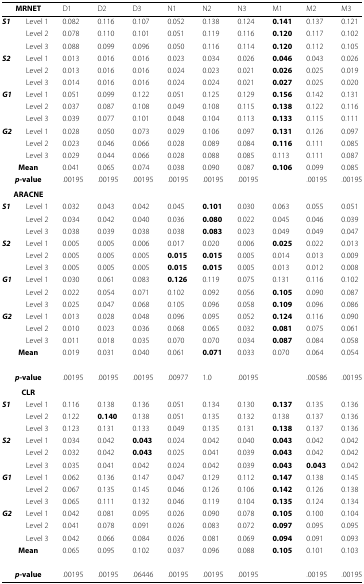
<table><thead><tr><td colspan="2"><b>MRNET</b></td><td><b>D1</b></td><td><b>D2</b></td><td><b>D3</b></td><td><b>N1</b></td><td><b>N2</b></td><td><b>N3</b></td><td><b>M1</b></td><td><b>M2</b></td><td><b>M3</b></td></tr></thead><tbody><tr><td><b><i>S1</i></b></td><td>Level 1</td><td>0.082</td><td>0.116</td><td>0.107</td><td>0.052</td><td>0.138</td><td>0.124</td><td><b>0.141</b></td><td>0.137</td><td>0.121</td></tr><tr><td></td><td>Level 2</td><td>0.078</td><td>0.110</td><td>0.101</td><td>0.051</td><td>0.119</td><td>0.116</td><td><b>0.120</b></td><td>0.117</td><td>0.102</td></tr><tr><td></td><td>Level 3</td><td>0.088</td><td>0.099</td><td>0.096</td><td>0.050</td><td>0.116</td><td>0.114</td><td><b>0.120</b></td><td>0.112</td><td>0.105</td></tr><tr><td><b><i>S2</i></b></td><td>Level 1</td><td>0.013</td><td>0.016</td><td>0.016</td><td>0.023</td><td>0.034</td><td>0.026</td><td><b>0.046</b></td><td>0.043</td><td>0.026</td></tr><tr><td></td><td>Level 2</td><td>0.013</td><td>0.016</td><td>0.016</td><td>0.024</td><td>0.023</td><td>0.021</td><td><b>0.026</b></td><td>0.025</td><td>0.019</td></tr><tr><td></td><td>Level 3</td><td>0.014</td><td>0.016</td><td>0.016</td><td>0.024</td><td>0.024</td><td>0.021</td><td><b>0.027</b></td><td>0.025</td><td>0.020</td></tr><tr><td><b><i>G1</i></b></td><td>Level 1</td><td>0.051</td><td>0.099</td><td>0.122</td><td>0.051</td><td>0.125</td><td>0.129</td><td><b>0.156</b></td><td>0.142</td><td>0.131</td></tr><tr><td></td><td>Level 2</td><td>0.037</td><td>0.087</td><td>0.108</td><td>0.049</td><td>0.108</td><td>0.115</td><td><b>0.138</b></td><td>0.122</td><td>0.116</td></tr><tr><td></td><td>Level 3</td><td>0.039</td><td>0.077</td><td>0.101</td><td>0.048</td><td>0.104</td><td>0.113</td><td><b>0.133</b></td><td>0.115</td><td>0.111</td></tr><tr><td><b><i>G2</i></b></td><td>Level 1</td><td>0.028</td><td>0.050</td><td>0.073</td><td>0.029</td><td>0.106</td><td>0.097</td><td><b>0.131</b></td><td>0.126</td><td>0.097</td></tr><tr><td></td><td>Level 2</td><td>0.023</td><td>0.046</td><td>0.066</td><td>0.028</td><td>0.089</td><td>0.084</td><td><b>0.116</b></td><td>0.111</td><td>0.085</td></tr><tr><td></td><td>Level 3</td><td>0.029</td><td>0.044</td><td>0.066</td><td>0.028</td><td>0.088</td><td>0.085</td><td>0.113</td><td>0.111</td><td>0.087</td></tr><tr><td colspan="2"><b>Mean</b></td><td>0.041</td><td>0.065</td><td>0.074</td><td>0.038</td><td>0.090</td><td>0.087</td><td><b>0.106</b></td><td>0.099</td><td>0.085</td></tr><tr><td colspan="2"><b><i>p</i></b><b>-value</b></td><td>.00195</td><td>.00195</td><td>.00195</td><td>.00195</td><td>.00195</td><td>.00195</td><td></td><td>.00195</td><td>.00195</td></tr><tr><td colspan="2"><b>ARACNE</b></td><td colspan="9"></td></tr><tr><td><b><i>S1</i></b></td><td>Level 1</td><td>0.032</td><td>0.043</td><td>0.042</td><td>0.045</td><td><b>0.101</b></td><td>0.030</td><td>0.063</td><td>0.055</td><td>0.051</td></tr><tr><td></td><td>Level 2</td><td>0.034</td><td>0.042</td><td>0.040</td><td>0.036</td><td><b>0.080</b></td><td>0.022</td><td>0.045</td><td>0.046</td><td>0.039</td></tr><tr><td></td><td>Level 3</td><td>0.038</td><td>0.039</td><td>0.038</td><td>0.038</td><td><b>0.083</b></td><td>0.023</td><td>0.049</td><td>0.049</td><td>0.047</td></tr><tr><td><b><i>S2</i></b></td><td>Level 1</td><td>0.005</td><td>0.005</td><td>0.006</td><td>0.017</td><td>0.020</td><td>0.006</td><td><b>0.025</b></td><td>0.022</td><td>0.013</td></tr><tr><td></td><td>Level 2</td><td>0.005</td><td>0.005</td><td>0.005</td><td><b>0.015</b></td><td><b>0.015</b></td><td>0.005</td><td>0.014</td><td>0.013</td><td>0.009</td></tr><tr><td></td><td>Level 3</td><td>0.005</td><td>0.005</td><td>0.005</td><td><b>0.015</b></td><td><b>0.015</b></td><td>0.005</td><td>0.013</td><td>0.012</td><td>0.008</td></tr><tr><td><b><i>G1</i></b></td><td>Level 1</td><td>0.030</td><td>0.061</td><td>0.083</td><td><b>0.126</b></td><td>0.119</td><td>0.075</td><td>0.131</td><td>0.116</td><td>0.102</td></tr><tr><td></td><td>Level 2</td><td>0.022</td><td>0.054</td><td>0.071</td><td>0.102</td><td>0.092</td><td>0.056</td><td><b>0.105</b></td><td>0.090</td><td>0.087</td></tr><tr><td></td><td>Level 3</td><td>0.025</td><td>0.047</td><td>0.068</td><td>0.105</td><td>0.096</td><td>0.058</td><td><b>0.109</b></td><td>0.096</td><td>0.086</td></tr><tr><td><b><i>G2</i></b></td><td>Level 1</td><td>0.013</td><td>0.028</td><td>0.048</td><td>0.096</td><td>0.095</td><td>0.052</td><td><b>0.124</b></td><td>0.116</td><td>0.090</td></tr><tr><td></td><td>Level 2</td><td>0.010</td><td>0.023</td><td>0.036</td><td>0.068</td><td>0.065</td><td>0.032</td><td><b>0.081</b></td><td>0.075</td><td>0.061</td></tr><tr><td></td><td>Level 3</td><td>0.011</td><td>0.018</td><td>0.035</td><td>0.070</td><td>0.070</td><td>0.034</td><td><b>0.087</b></td><td>0.084</td><td>0.058</td></tr><tr><td colspan="2"><b>Mean</b></td><td>0.019</td><td>0.031</td><td>0.040</td><td>0.061</td><td><b>0.071</b></td><td>0.033</td><td>0.070</td><td>0.064</td><td>0.054</td></tr><tr><td colspan="2"><b><i>p</i></b><b>-value</b></td><td>.00195</td><td>.00195</td><td>.00195</td><td>.00977</td><td>1.0</td><td>.00195</td><td></td><td>.00586</td><td>.00195</td></tr><tr><td colspan="2"><b>CLR</b></td><td colspan="9"></td></tr><tr><td><b><i>S1</i></b></td><td>Level 1</td><td>0.116</td><td>0.138</td><td>0.136</td><td>0.051</td><td>0.134</td><td>0.130</td><td><b>0.137</b></td><td>0.135</td><td>0.136</td></tr><tr><td></td><td>Level 2</td><td>0.122</td><td><b>0.140</b></td><td>0.138</td><td>0.051</td><td>0.135</td><td>0.132</td><td>0.138</td><td>0.137</td><td>0.136</td></tr><tr><td></td><td>Level 3</td><td>0.123</td><td>0.131</td><td>0.133</td><td>0.049</td><td>0.135</td><td>0.131</td><td><b>0.138</b></td><td>0.137</td><td>0.136</td></tr><tr><td><b><i>S2</i></b></td><td>Level 1</td><td>0.034</td><td>0.042</td><td><b>0.043</b></td><td>0.024</td><td>0.042</td><td>0.040</td><td><b>0.043</b></td><td>0.042</td><td>0.042</td></tr><tr><td></td><td>Level 2</td><td>0.032</td><td>0.042</td><td><b>0.043</b></td><td>0.025</td><td>0.041</td><td>0.039</td><td><b>0.043</b></td><td>0.042</td><td>0.042</td></tr><tr><td></td><td>Level 3</td><td>0.035</td><td>0.041</td><td>0.042</td><td>0.024</td><td>0.042</td><td>0.039</td><td><b>0.043</b></td><td><b>0.043</b></td><td>0.042</td></tr><tr><td><b><i>G1</i></b></td><td>Level 1</td><td>0.062</td><td>0.136</td><td>0.147</td><td>0.047</td><td>0.129</td><td>0.112</td><td><b>0.147</b></td><td>0.138</td><td>0.145</td></tr><tr><td></td><td>Level 2</td><td>0.067</td><td>0.135</td><td>0.145</td><td>0.046</td><td>0.126</td><td>0.106</td><td><b>0.142</b></td><td>0.126</td><td>0.138</td></tr><tr><td></td><td>Level 3</td><td>0.065</td><td>0.111</td><td>0.132</td><td>0.046</td><td>0.119</td><td>0.104</td><td><b>0.135</b></td><td>0.124</td><td>0.134</td></tr><tr><td><b><i>G2</i></b></td><td>Level 1</td><td>0.042</td><td>0.081</td><td>0.095</td><td>0.026</td><td>0.090</td><td>0.078</td><td><b>0.105</b></td><td>0.100</td><td>0.104</td></tr><tr><td></td><td>Level 2</td><td>0.041</td><td>0.078</td><td>0.091</td><td>0.026</td><td>0.083</td><td>0.072</td><td><b>0.097</b></td><td>0.095</td><td>0.095</td></tr><tr><td></td><td>Level 3</td><td>0.042</td><td>0.066</td><td>0.084</td><td>0.026</td><td>0.081</td><td>0.069</td><td><b>0.094</b></td><td>0.091</td><td>0.093</td></tr><tr><td colspan="2"><b>Mean</b></td><td>0.065</td><td>0.095</td><td>0.102</td><td>0.037</td><td>0.096</td><td>0.088</td><td><b>0.105</b></td><td>0.101</td><td>0.103</td></tr><tr><td colspan="2"><b><i>p</i></b><b>-value</b></td><td>.00195</td><td>.00195</td><td>.06446</td><td>.00195</td><td>.00195</td><td>.00195</td><td></td><td>.00195</td><td>.00195</td></tr></tbody></table>